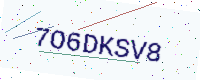
Text: 7O6DKSV8